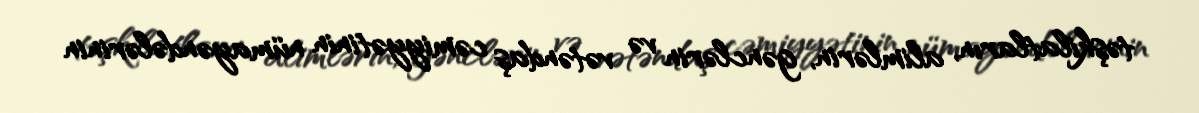
təşkilatların, alimlərin, gənclərin və vətəndaş cəmiyyətinin nümayəndələrinin